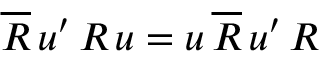
\overline { { { R } } } \, u ^ { \prime } \, R \, u = u \, \overline { { { R } } } \, u ^ { \prime } \, R